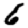
Digit: 6